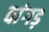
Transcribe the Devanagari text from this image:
वांगड़